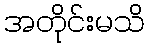
အတိုင်းမသိ